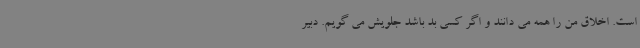
است. اخلاق من را همه می دانند و اگر کسی بد باشد جلویش می گویم. دبیر